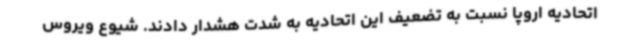
اتحادیه اروپا نسبت به تضعیف این اتحادیه به شدت هشدار دادند. شیوع ویروس